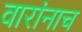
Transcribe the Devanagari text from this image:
वारांनाच